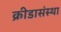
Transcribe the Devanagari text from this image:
क्रीडासंस्था